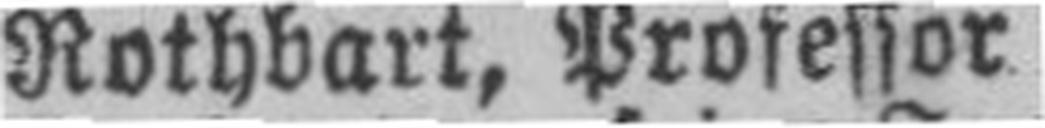
Rothbart, Professor